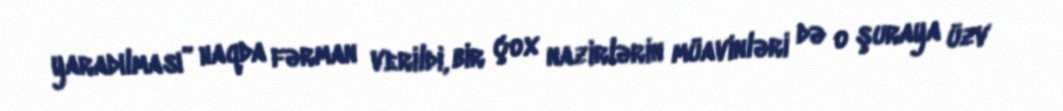
yaradılması” haqda fərman verildi, bir çox nazirlərin müavinləri də o şuraya üzv